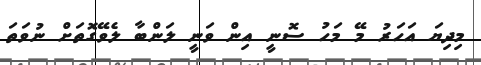
މިދިޔަ އަހަރު މޭ މަހު ސޮނީ އިން ވަނީ ލަންބާ ލެވޭގޮތަށް ނުވަތަ